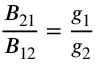
{ \frac { B _ { 2 1 } } { B _ { 1 2 } } } = { \frac { g _ { 1 } } { g _ { 2 } } }